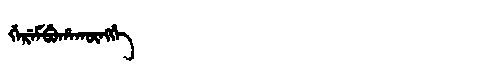
Manchu: ᡤᡝᡵᡝᠮᠪᡠᡥᠠᡴᡡᠩᡤᡝ
Romanization: GEREMBUHAKŪNGGE